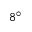
8 ^ { \circ }